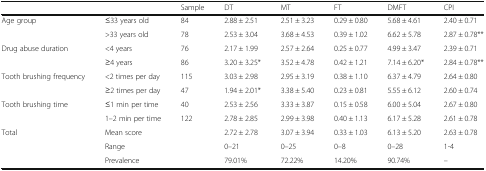
| <COLSPAN=2>  | Sample | DT | MT | FT | DMFT | CPI |
 | --- | --- | --- | --- | --- | --- | --- | --- |
 | <ROWSPAN=2> Age group | ≤33 years old | 84 | 2.88 ± 2.51 | 2.51 ± 3.23 | 0.29 ± 0.80 | 5.68 ± 4.61 | 2.40 ± 0.71 |
 | >33 years old | 78 | 2.53 ± 3.04 | 3.68 ± 4.53 | 0.39 ± 1.02 | 6.62 ± 5.78 | 2.87 ± 0.78** |
 | <ROWSPAN=2> Drug abuse duration | <4 years | 76 | 2.17 ± 1.99 | 2.57 ± 2.64 | 0.25 ± 0.77 | 4.99 ± 3.47 | 2.39 ± 0.71 |
 | ≥4 years | 86 | 3.20 ± 3.25* | 3.52 ± 4.78 | 0.42 ± 1.21 | 7.14 ± 6.20* | 2.84 ± 0.78** |
 | <ROWSPAN=2> Tooth brushing frequency | <2 times per day | 115 | 3.03 ± 2.98 | 2.95 ± 3.19 | 0.38 ± 1.10 | 6.37 ± 4.79 | 2.64 ± 0.80 |
 | ≥2 times per day | 47 | 1.94 ± 2.01* | 3.38 ± 5.40 | 0.23 ± 0.81 | 5.55 ± 6.12 | 2.60 ± 0.74 |
 | <ROWSPAN=2> Tooth brushing time | ≤1 min per time | 40 | 2.53 ± 2.56 | 3.33 ± 3.87 | 0.15 ± 0.58 | 6.00 ± 5.04 | 2.67 ± 0.80 |
 | 1–2 min per time | 122 | 2.78 ± 2.85 | 2.99 ± 3.98 | 0.40 ± 1.13 | 6.17 ± 5.28 | 2.61 ± 0.78 |
 | <ROWSPAN=3> Total | Mean score |  | 2.72 ± 2.78 | 3.07 ± 3.94 | 0.33 ± 1.03 | 6.13 ± 5.20 | 2.63 ± 0.78 |
 | Range |  | 0–21 | 0–25 | 0–8 | 0–28 | 1-4 |
 | Prevalence |  | 79.01% | 72.22% | 14.20% | 90.74% | – |